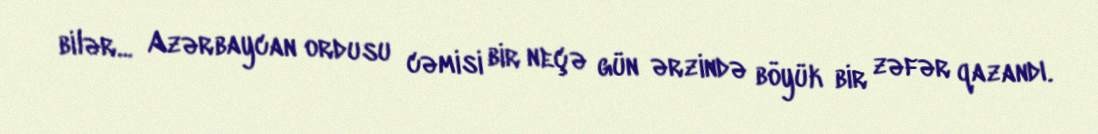
bilər... Azərbaycan ordusu cəmisi bir neçə gün ərzində böyük bir zəfər qazandı.